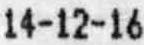
14-12-16